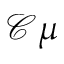
{ \mathscr C } \mu